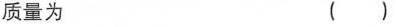
质量为 ( )